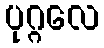
ပုဂ္ဂလေ